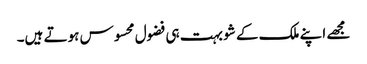
مجھے اپنے ملک کے شو بہت ہی فضول محسوس ہوتے ہیں۔